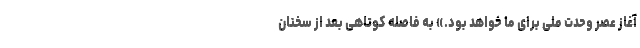
آغاز عصر وحدت ملی برای ما خواهد بود.» به فاصله کوتاهی بعد از سخنان